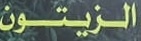
الزیتون